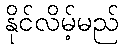
နိုင်လိမ့်မည်